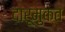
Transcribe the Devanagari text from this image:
दारूमुक्त